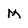
Character: M